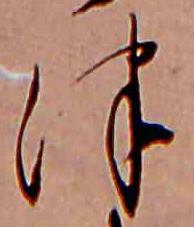
津